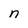
Character: n